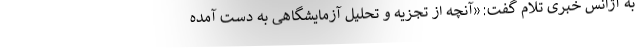
به آژانس خبری تِلام گفت:«آنچه از تجزیه و تحلیل آزمایشگاهی به دست آمده